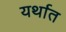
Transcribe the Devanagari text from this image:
यर्थात